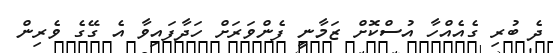
ދެ ބުރި ގެއެއްހާ އުސްކޮށް ޒަމާނީ ފެންވަރަށް ހަދާފައިވާ އެ ގޭގެ ވެރިން